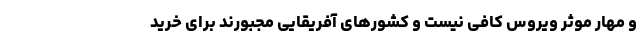
و مهار موثر ویروس کافی نیست و کشورهای آفریقایی مجبورند برای خرید